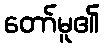
တော်မူ၏